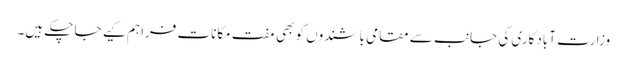
وزارت آبادکاری کی جانب سے مقامی باشندوں کو بھی مفت مکانات فراہم کیے جا چکے ہیں۔